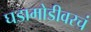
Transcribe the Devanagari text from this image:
घडामोडीवरचं